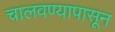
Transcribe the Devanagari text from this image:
चालवण्यापासून